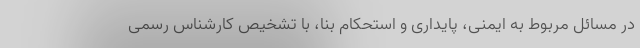
در مسائل مربوط به ایمنی، پایداری و استحکام بنا، با تشخیص کارشناس رسمی